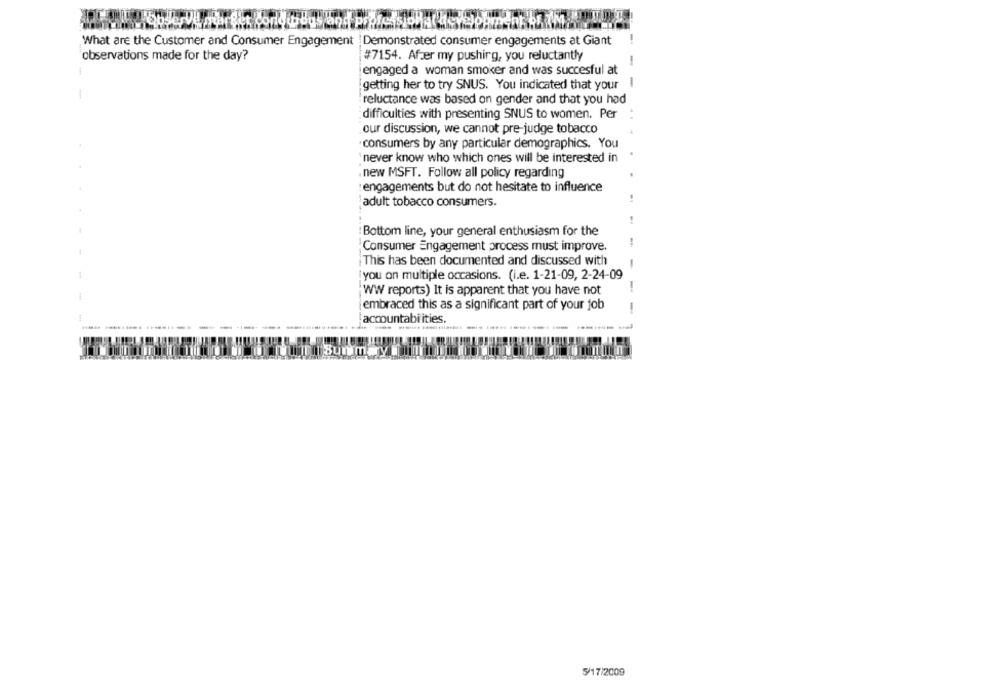
What are the Customer and Consumer Engagement | Demonstrated consumer engagements at Giant
observations made for the day?
#7154. After my pushing, you reluctantly
-
engaged a woman smoker and was succesful at
getting her to try SNUS. You indicated that your
reluctance was based on gender and that you had
difficulties with presenting SNUS to women. Per
our discussion, we cannot pre-judge tobacco
consumers by any particular demographics. You
'never know who which ones will be interested in
new MSFT. Follow all policy regarding
engagements but do not hesitate to influence
adult tobacco consumers.
Bottom line, your general enthusiasm for the
Consumer Engagement process must improve.
This has been documented and discussed with
you on multiple occasions. (i.e. 1-21-09, 2-24-09
WW reports) It is apparent that you have not
-
embraced this as a significant part of your job
-
-
accountabi ities.
5/17/2009